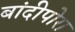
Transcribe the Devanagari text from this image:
बांदीपोरा